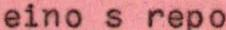
eino s repo